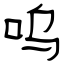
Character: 呜